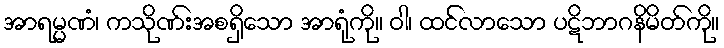
အာရမ္မဏံ၊ ကသိုဏ်းအစရှိသော အာရုံကို။ ဝါ၊ ထင်လာသော ပဋိဘာဂနိမိတ်ကို။